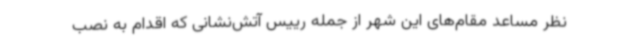
نظر مساعد مقام‌های این شهر از جمله رییس آتش‌نشانی که اقدام به نصب